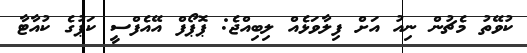
ކުވޭތު މެޗުން ނިއު އަށް ފިލާވަޅެއް ލިބިއްޖެ: ޕޮޕޯފް އޭއެފްސީ ކަޕުގެ ކުއާޓާ